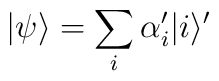
|\psi\rangle = \sum_i \alpha'_i |i\rangle'